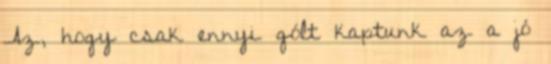
Az, hogy csak ennyi gólt kaptunk az a jó